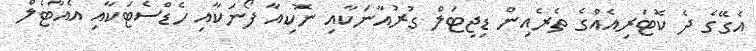
އެގޭގެ ދެ ކޮޓަރިއެއްގެ ތެރެއިން ޑިޖިޓަލް ގުރުއާނަކާއި ނޮކިއާ ފޯނަކާއި ހެޑްސެޓަކާއި އެއާޓެލް